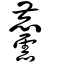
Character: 麢